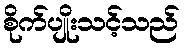
စိုက်ပျိုးသင့်သည်